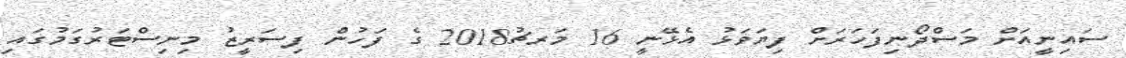
ސައިނީއަށް މަސްދޯނިފަހަރަށް ފިޔަވަޅު އެޅޭނީ 16 މަރޗު2018 ގެ ފަހުން ފިސަރީޒު މިނިސްޓަރުގަމުގައި